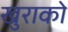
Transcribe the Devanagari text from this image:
खुराको